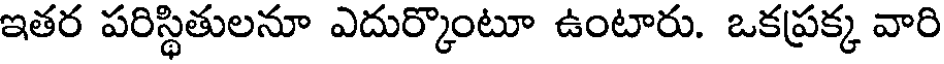
ఇతర పరిస్థితులనూ ఎదుర్కొంటూ ఉంటారు. ఒకప్రక్క వారి